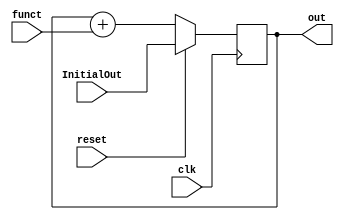
//in the top-level module ///////////////////


// clock divider to slow system down for testing
//reg [4:0] count;
// analog update divided clock
//always @ (posedge CLOCK_50) 
//begin
//        count <= count + 1; 
//end 
//assign AnalogClock = (count==0);    

/*
  Helpful Notes from Lecture 1/31
  - Do we need to store the current time t anywhere?
  - Consider doing a shift with dt rather than a multiply (it is 1/256 so it would be >> 8)
  - Look into issues with the clk selection in the modelsim - generate a clock in C code(???)
  - Check in on the low reset condition in the integrator
  - Possibly make the integrator into a single integrator that takes in all 3 x,y,z and calculates new value
  - Look for overflow issues - symptom is the system looking like a damped oscillator
*/
    
/////////////////////////////////////////////////
//// integrator /////////////////////////////////
/////////////////////////////////////////////////

module integrator(out,funct,InitialOut,clk,reset);
  output  signed [26:0] out;    //the state variable V
  input signed [26:0] funct;      //the dV/dt function
  input clk, reset;
  input signed [26:0] InitialOut;  //the initial state variable V
  
  wire  signed  [26:0] out, v1new ;
  reg signed  [26:0] v1 ;
  
  always @ (posedge clk) 
  begin
    if (reset==1) //reset 
      v1 <= InitialOut ; // 
    else 
      v1 <= v1new ; 
  end
  assign v1new = v1 + funct;
  assign out = v1;
endmodule

//////////////////////////////////////////////////
//// derivative calculator module //////////
//////////////////////////////////////////////////
module functx(xk_new, sigma, xk, yk, dt);
   	output signed [26:0] xk_new;

	input signed [26:0] sigma; //constant
	input signed [26:0] xk; //The x output value at time t
	input signed [26:0] yk; //The y output value at timet 
	input signed [26:0] dt; //Constant
	wire  signed [26:0] temp; //Used for multiple sequential multipliers

	signed_mult mult (.out(temp), .a(sigma), .b(dt)); //7.20 multiplier
	signed_mult mult2 (.out(xk_new), .a(yk-xk), .b(temp)); // 7.20 multiplier creating derivative euler step increase for x
  
endmodule

//////////////////////////////////////////////////
//// derivative calculator module //////////
//////////////////////////////////////////////////

module functy(yk_new, rho, xk, yk, zk, dt);
  output signed [26:0] yk_new;

	input signed [26:0] xk; //The x output value at time t
	input signed [26:0] rho; //constant
	input signed [26:0] yk; //The y output value at time t
	input signed [26:0] zk; //The z output value at time t
	input signed [26:0] dt; //Constant timestep
	wire  signed [26:0] temp; //Temporary variable outputs for multipliers
	wire  signed [26:0] temp2; 
	wire  signed [26:0] temp3; 

	//Signed 7.20 multipliers used to create derivative euler approx step increase for y
  	signed_mult mult (.out(temp), .a(xk), .b(dt));
  	signed_mult mult2 (.out(temp2), .a(yk), .b(dt));
  	signed_mult mult3 (.out(temp3), .a(rho-zk), .b(temp));
  	assign yk_new = temp3 - temp2;
  
endmodule

//////////////////////////////////////////////////
//// derivative calculator module //////////
//////////////////////////////////////////////////

module functz(zk_new, beta, xk, yk, zk, dt);
  output signed [26:0] zk_new;

	input signed [26:0] xk; //The x output value at time t
	input signed [26:0] yk; //The y output value at time t
	input signed [26:0] zk; //The z output value at time t
	input signed [26:0] dt; //Constant timestep
	input signed [26:0] beta; //Constant
	
	//Temporary variables used for signed multipliers
	wire  signed [26:0] x_dt; 
	wire  signed [26:0] z_dt; 
	wire  signed [26:0] temp; 
	wire  signed [26:0] temp2; 
  	
	//7.20 multipliers used to create derivative euler step for z output
	signed_mult mult (.out(x_dt), .a(xk), .b(dt)); 
	signed_mult mult2 (.out(temp), .a(yk), .b(x_dt)); 
	signed_mult mult3 (.out(z_dt), .a(zk), .b(dt)); 
	signed_mult mult4 (.out(temp2), .a(beta), .b(z_dt)); 
  	assign zk_new = temp-temp2;

endmodule

module full_integrator(clk, reset, sigma, beta, rho, dt, xi, yi, zi, xout, yout, zout);

	input clk, reset;
	input  signed [26:0]  sigma;
	input  signed [26:0]  beta;
	input  signed [26:0]  rho;

	input  signed [26:0]  xi;
	input  signed [26:0]  yi;
	input  signed [26:0]  zi;

	input  signed [26:0]  dt;

	output signed [26:0]  xout;
	output signed [26:0]  yout;
	output signed [26:0]  zout;

	wire   signed [26:0]  xk_new;
	wire   signed [26:0]  yk_new;
	wire   signed [26:0]  zk_new;

	

	functx fx (xk_new, sigma, xout, yout, dt); //Creates dx/dt
	functy fy (yk_new, rho, xout, yout, zout ,dt);
	functz fz (zk_new, beta, xout, yout, zout, dt);

	integrator x_int (xout, xk_new, xi, clk, reset); //clocked register module for updating x output
	integrator y_int (yout, yk_new, yi, clk, reset);//clocked register module for updating y output
	integrator z_int (zout, zk_new, zi, clk, reset);//clocked register module for updating z output
	//Undefined output could be because one of the inputs is not defined from the module

endmodule

//full_integrator lab1_dda (clk_50, reset, sigma, beta, rho, dt, xi, yi, zi, xout, yout, zout);


//////////////////////////////////////////////////
//// signed mult of 7.20 format 2'comp////////////
//////////////////////////////////////////////////

module signed_mult (out, a, b);
  output  signed  [26:0]  out;
  input   signed  [26:0]  a;
  input   signed  [26:0]  b;
  // intermediate full bit length
  wire    signed  [53:0]  mult_out;
  assign mult_out = a * b;
  // select bits for 7.20 fixed point
  assign out = {mult_out[53], mult_out[45:20]};
endmodule
//////////////////////////////////////////////////